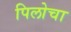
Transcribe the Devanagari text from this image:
पिलोचा